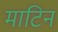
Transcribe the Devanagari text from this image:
माटिन